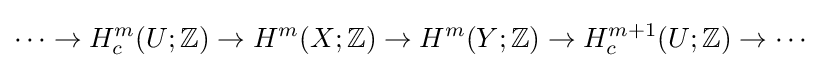
\cdots \to H_{c}^{m}(U;\mathbb {Z} )\to H^{m}(X;\mathbb {Z} )\to H^{m}(Y;\mathbb {Z} )\to H_{c}^{m+1}(U;\mathbb {Z} )\to \cdots